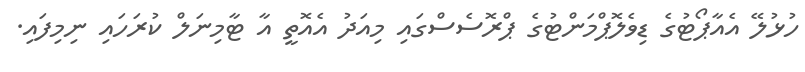
ހުޅުލޭ އެއާޕޯޓުގެ ޑިވެލޮޕްމަންޓުގެ ޕްރޮސެސްގައި މިއަދު އެއޮތީ އާ ޓާމިނަލް ކުރަހައި ނިމިފައި.